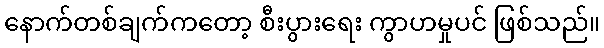
နောက်တစ်ချက်ကတော့ စီးပွားရေး ကွာဟမှုပင် ဖြစ်သည်။